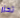
تحزر